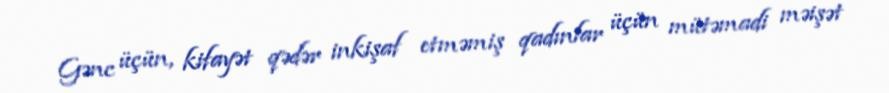
Gənc üçün, kifayət qədər inkişaf etməmiş qadınlar üçün mütəmadi məişət